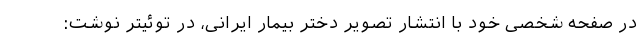
در صفحه شخصی خود با انتشار تصویر دختر بیمار ایرانی، در توئیتر نوشت: